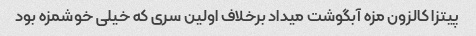
پیتزا کالزون مزه آبگوشت میداد برخلاف اولین سری که خیلی خوشمزه بود